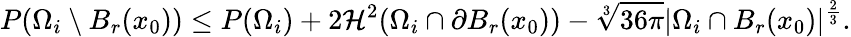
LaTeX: P(\Omega_{i}\setminus B_{r}(x_{0}))\leq P(\Omega_{i})+2\mathcal{H}^{2}(\Omega_{i}\cap\partial B_{r}(x_{0}))-\sqrt[3]{36\pi}|\Omega_{i}\cap B_{r}(x_{0})|^{\frac{2}{3}}.